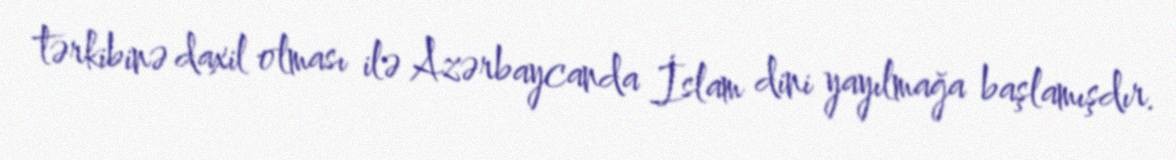
tərkibinə daxil olması ilə Azərbaycanda İslam dini yayılmağa başlamışdır.